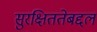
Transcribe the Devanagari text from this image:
सुरक्षिततेबद्दल